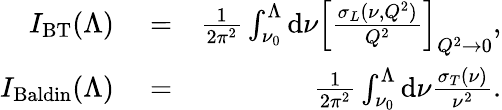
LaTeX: \begin{array}{rlr}{I_{\mathrm{BT}}(\Lambda)}&{{}=}&{\frac{1}{2\pi^{2}}\int_{\nu_{0}}^{\Lambda}\mathrm{d}\nu\left[\frac{\sigma_{L}(\nu,Q^{2})}{Q^{2}}\right]_{Q^{2}\to 0},}\\ {I_{\mathrm{Baldin}}(\Lambda)}&{{}=}&{\frac{1}{2\pi^{2}}\int_{\nu_{0}}^{\Lambda}\mathrm{d}\nu\frac{\sigma_{T}(\nu)}{\nu^{2}}.}\end{array}